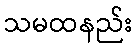
သမထနည်း